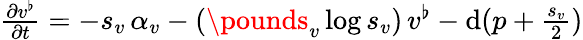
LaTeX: \begin{array}{r}{\frac{\partial v^{\flat}}{\partial t}=-s_{v}\, \alpha_{v}-(\pounds_{v}\log s_{v})\, v^{\flat}-\mathrm{d}(p+\frac{s_{v}}{2})}\end{array}